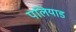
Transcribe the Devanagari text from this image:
पलियाड